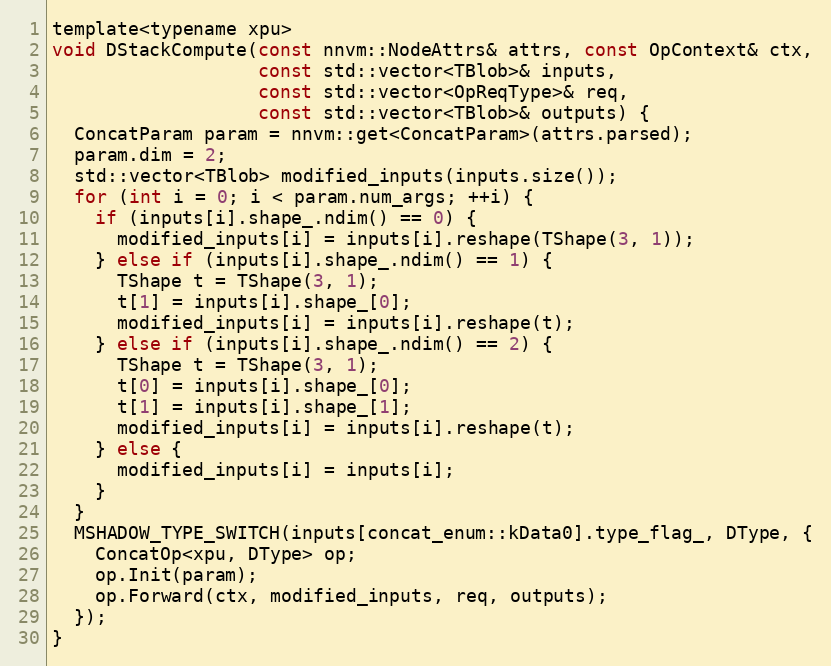
Language: C
template<typename xpu>
void DStackCompute(const nnvm::NodeAttrs& attrs, const OpContext& ctx,
                   const std::vector<TBlob>& inputs,
                   const std::vector<OpReqType>& req,
                   const std::vector<TBlob>& outputs) {
  ConcatParam param = nnvm::get<ConcatParam>(attrs.parsed);
  param.dim = 2;
  std::vector<TBlob> modified_inputs(inputs.size());
  for (int i = 0; i < param.num_args; ++i) {
    if (inputs[i].shape_.ndim() == 0) {
      modified_inputs[i] = inputs[i].reshape(TShape(3, 1));
    } else if (inputs[i].shape_.ndim() == 1) {
      TShape t = TShape(3, 1);
      t[1] = inputs[i].shape_[0];
      modified_inputs[i] = inputs[i].reshape(t);
    } else if (inputs[i].shape_.ndim() == 2) {
      TShape t = TShape(3, 1);
      t[0] = inputs[i].shape_[0];
      t[1] = inputs[i].shape_[1];
      modified_inputs[i] = inputs[i].reshape(t);
    } else {
      modified_inputs[i] = inputs[i];
    }
  }
  MSHADOW_TYPE_SWITCH(inputs[concat_enum::kData0].type_flag_, DType, {
    ConcatOp<xpu, DType> op;
    op.Init(param);
    op.Forward(ctx, modified_inputs, req, outputs);
  });
}